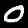
Label: 0